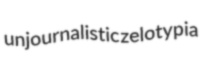
unjournalistic zelotypia